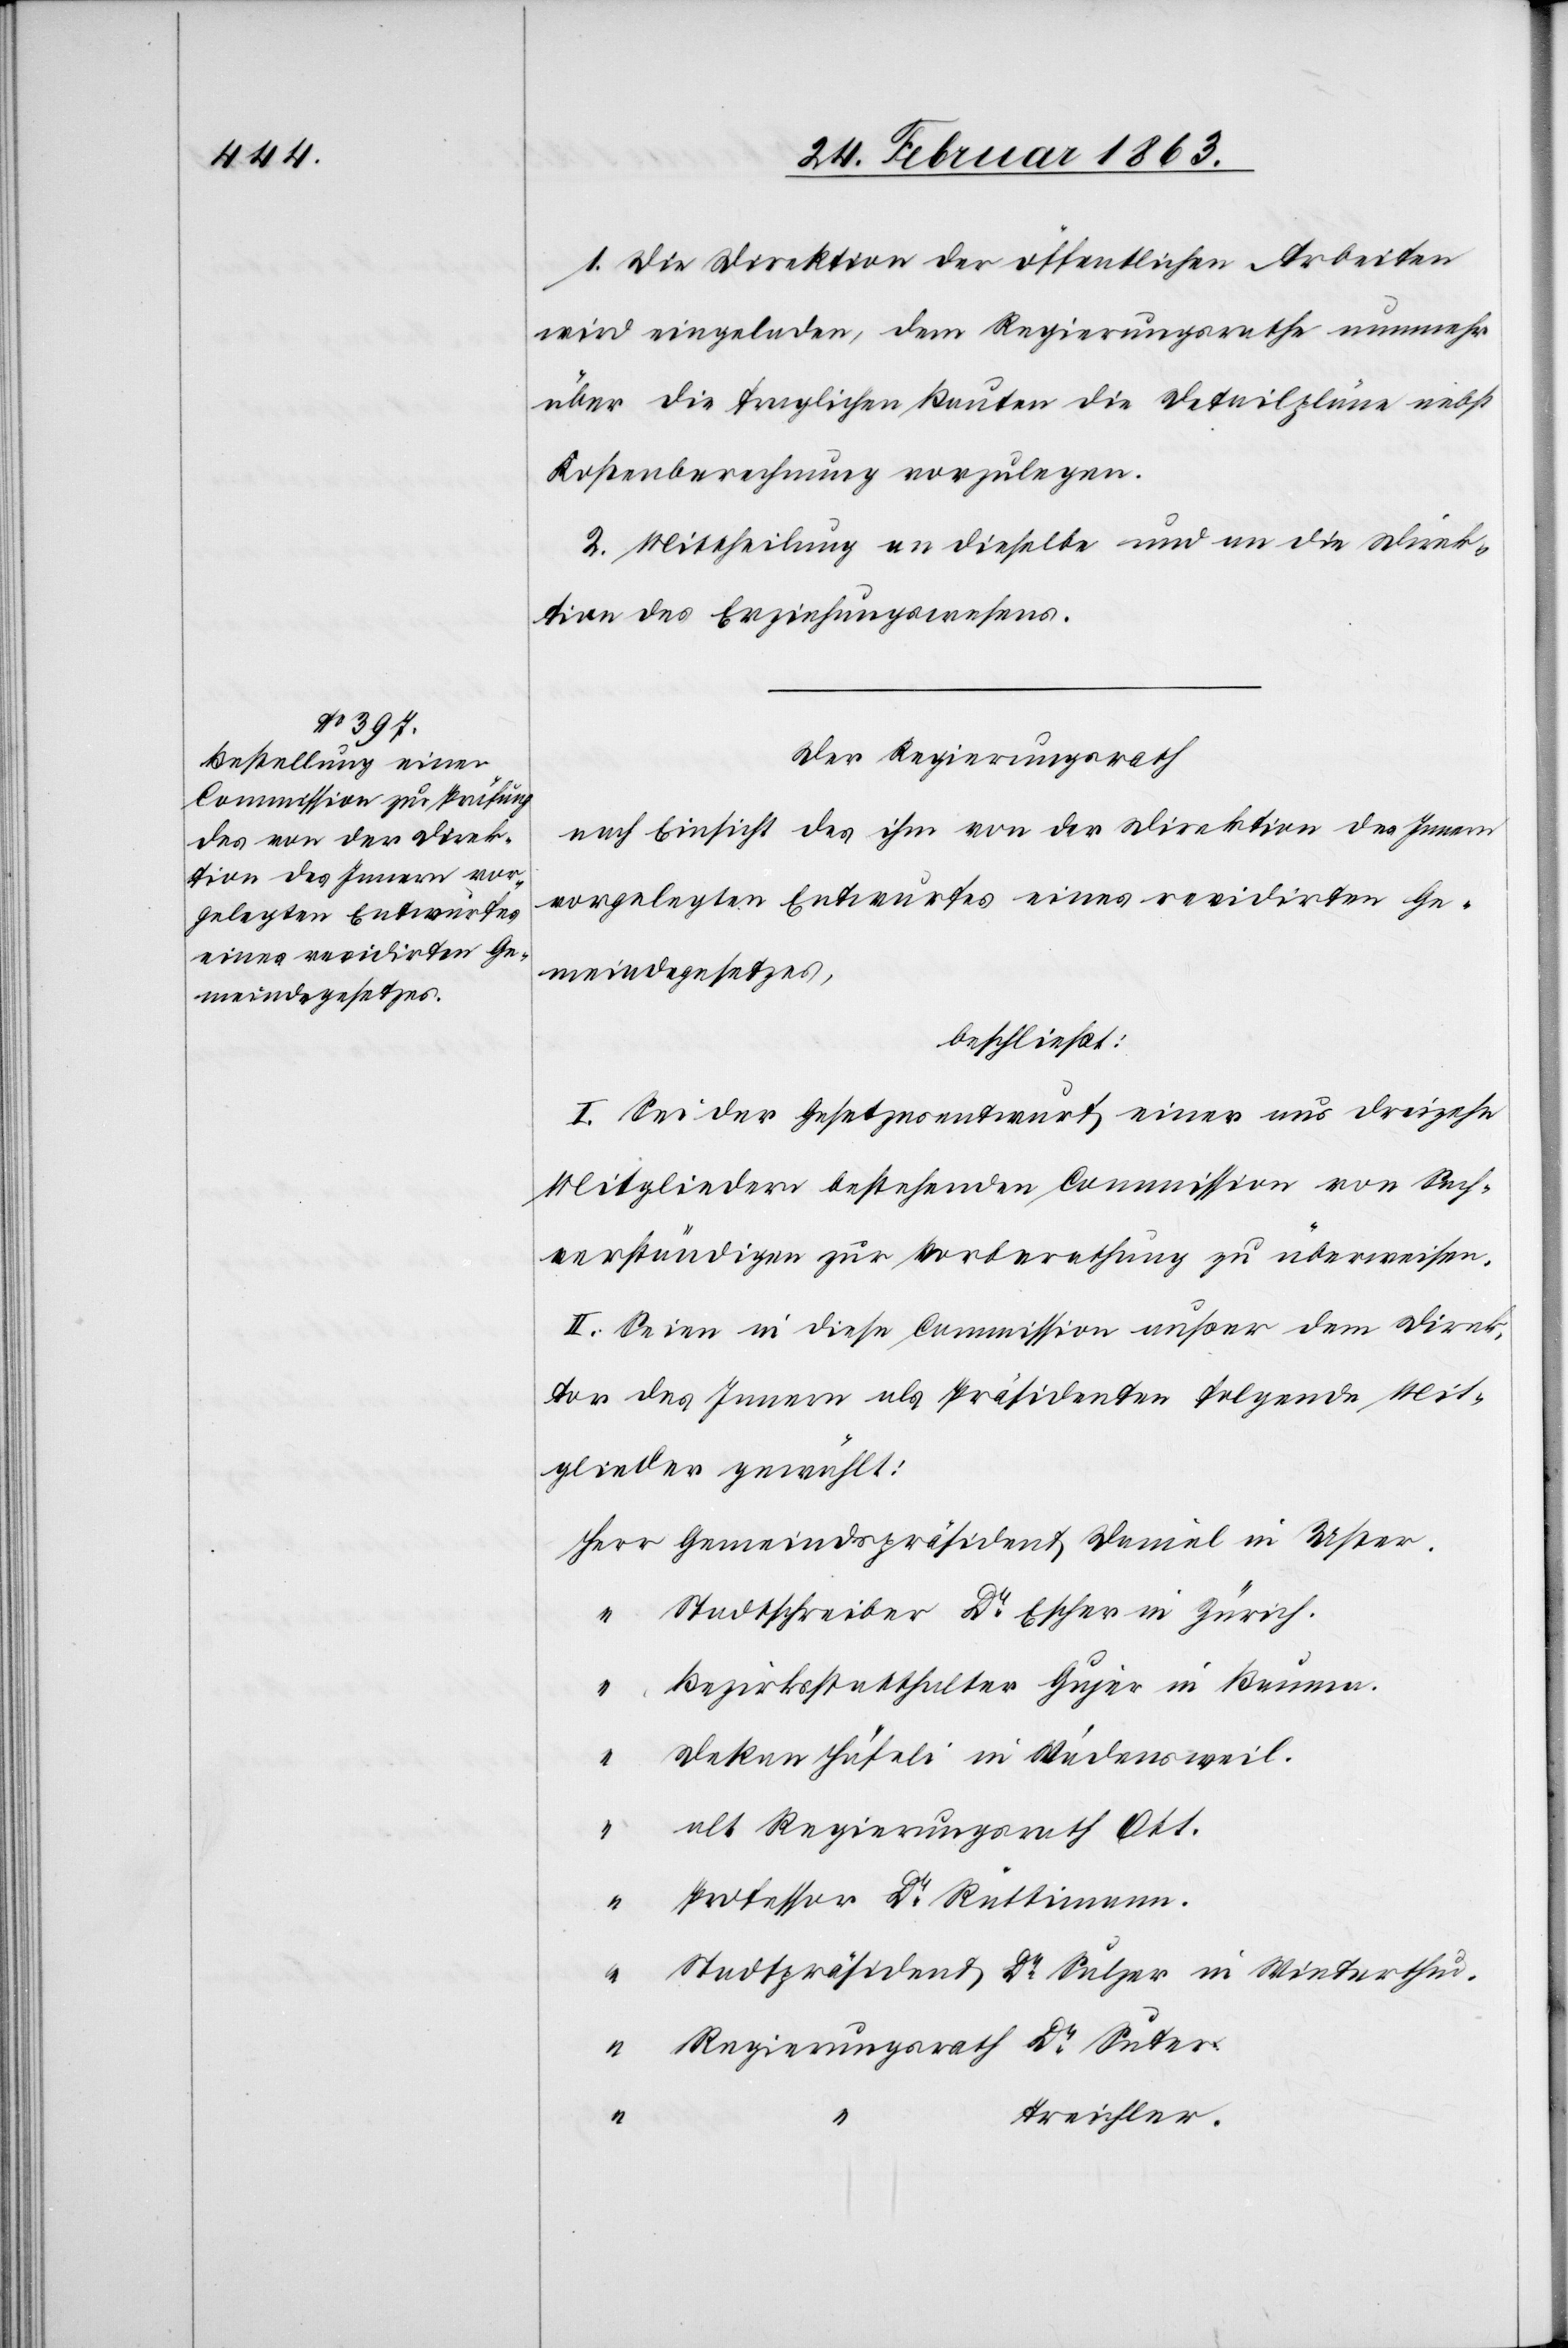
1. Die Direktion der öffentlichen Arbeiten
wird eingeladen, dem Regierungsrathe nunmehr
über die fraglichen Bauten die Detailpläne nebst
Kostenberechnung vorzulegen.
2. Mittheilung an dieselbe und an die Direk¬
tion des Erziehungswesens.
Der Regierungsrath
nach Einsicht des ihm von der Direktion des Innern
vorgelegten Entwurfes eines revidirten Ge¬
meindegesetzes,
beschließt:
I. Sei der Gesetzesentwurf einer aus dreizehn
Mitgliedern bestehenden Commission von Sach¬
verständigen zur Vorberathung zu überweisen.
II. Seien in diese Commission außer dem Direk¬
tor des Innern als Präsidenten folgende Mit¬
glieder gewählt:
Herr Gemeindspräsident Daniel in Uster.
“	 Stadtschreiber Dr Escher in Zürich.
“	 Bezirksstatthalter Gujer in Bauma.
Dekan Häfeli in Wädensweil.
“	 alt Regierungsrath Ott.
“	 Professor Dr Rüttimann.
“	 Stadtpräsident Dr Sulzer in Winterthur.
“	 Regierungsrath Dr Suter.
Treichler.